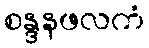
စန္ဒနဖလကံ